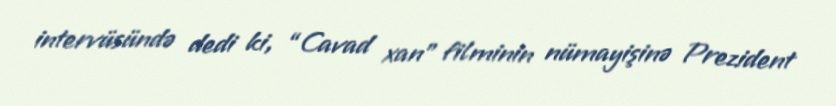
intervüsündə dedi ki, “Cavad xan” filminin nümayişinə Prezident